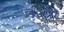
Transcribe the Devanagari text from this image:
डिआब्लो